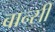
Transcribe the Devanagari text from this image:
बान्‍सी